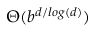
\Theta ( b ^ { d / l o g ( d ) } )